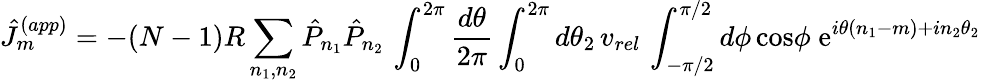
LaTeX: \hat{J}_{m}^{(app)}=-(N-1)R\sum_{n_{1},n_{2}}\hat{P}_{n_{1}}\hat{P}_{n_{2}}\, \int_{0}^{2\pi}{\frac{d\theta}{2\pi}}\int_{0}^{2\pi}d\theta_{2}\, v_{rel}\, \int_{-\pi/2}^{\pi/2}d\phi\, \mathrm{cos}\phi\; \mathrm{e}^{i\theta(n_{1}-m)+in_{2}\theta_{2}}